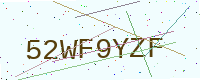
Text: 52WF9YZF